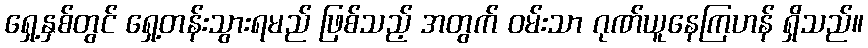
ရှေ့နှစ်တွင် ရှေ့တန်းသွားရမည် ဖြစ်သည့် အတွက် ဝမ်းသာ ဂုဏ်ယူနေကြဟန် ရှိသည်။